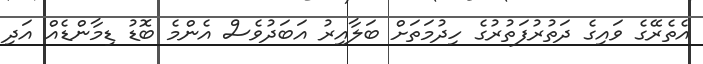
އެތެރޭގެ ވައިގެ ދަތުރުފަތުރުގެ ހިދުމަތަށް ބަލާއިރު އަބަދުވެސް އެންމެ ބޮޑު ޑިމާންޑެއް އަދި